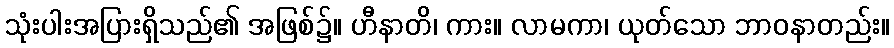
သုံးပါးအပြားရှိသည်၏ အဖြစ်၌။ ဟီနာတိ၊ ကား။ လာမကာ၊ ယုတ်သော ဘာဝနာတည်း။